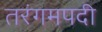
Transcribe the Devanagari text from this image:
तरंगमपदी